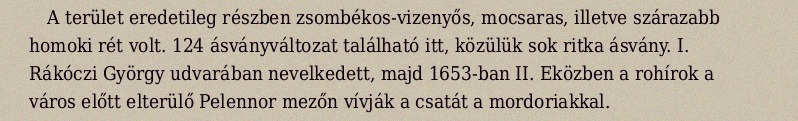
A terület eredetileg részben zsombékos-vizenyős, mocsaras, illetve szárazabb homoki rét volt. 124 ásványváltozat található itt, közülük sok ritka ásvány. I. Rákóczi György udvarában nevelkedett, majd 1653-ban II. Eközben a rohírok a város előtt elterülő Pelennor mezőn vívják a csatát a mordoriakkal.